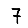
Digit: 7